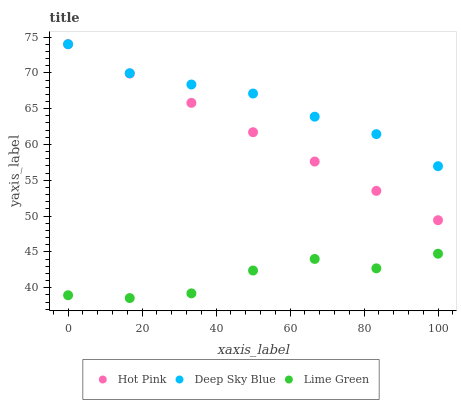
| xaxis_label | Hot Pink | Deep Sky Blue | Lime Green |
 | --- | --- | --- | --- |
 | 0 | 74 | 74 | 38.9 |
 | 16.7 | 69.9 | 69.9 | 38.6 |
 | 33.3 | 65.8 | 68.4 | 39.2 |
 | 50 | 61.7 | 67.1 | 42.4 |
 | 66.7 | 57.6 | 63.9 | 44 |
 | 83.3 | 53.5 | 61.4 | 42.7 |
 | 100 | 49.4 | 57 | 44.7 |